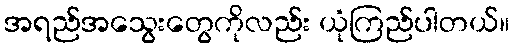
အရည်အသွေးတွေကိုလည်း ယုံကြည်ပါတယ်။